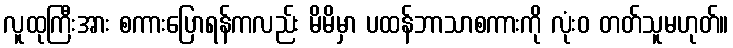
လူထုကြီးအား စကားပြောရန်ကလည်း မိမိမှာ ပထန်ဘာသာစကားကို လုံးဝ တတ်သူမဟုတ်။